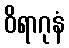
ဝိရာဂုနံ